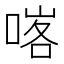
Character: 𠸉